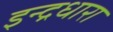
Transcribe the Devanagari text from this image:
इन्द्रधारा